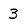
Character: 3